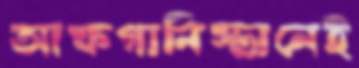
আফগানিস্তানেই